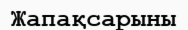
Жапақсарыны